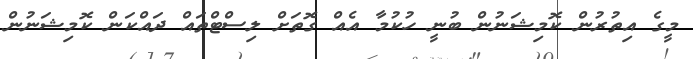
މީގެ އިތުރުން ކޮމިޝަނުން ބުނީ ހުކުމާ އެއް ގޮތަށް ލިސްޓްތައް ދައްކަން ކޮމިޝަނުން